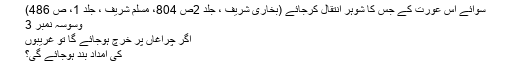
سوائے اس عورت کے جس کا شوہر انتقال کرجائے (بخاری شریف ، جلد 2ص 804، مسلم شریف ، جلد 1، ص 486)
وسوسہ نمبر 3
اگر چراغاں پر خرچ ہوجائے گا تو غریبوں
کی امداد بند ہوجائے گی؟